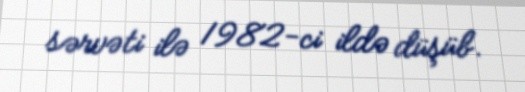
sərvəti ilə 1982-ci ildə düşüb.